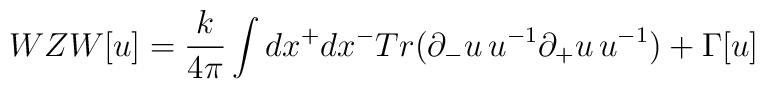
WZW[u] = \frac{k}{4 \pi} \int dx^{+}dx^{-} Tr(\partial_{-} u \,u^{-1}\partial_{+} u \, u^{-1}) + \Gamma[u]